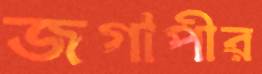
জগাপীর